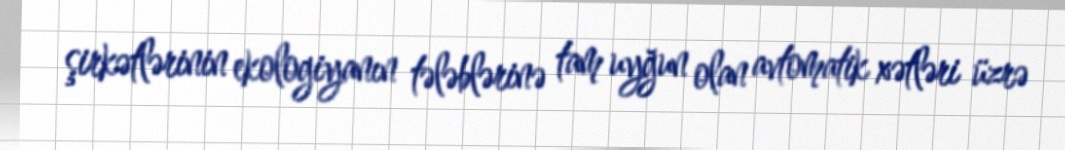
şirkətlərinin ekologiyanın tələblərinə tam uyğun olan avtomatik xətləri üzrə